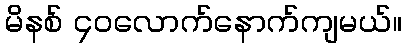
မိနစ် ၄၀လောက်နောက်ကျမယ်။